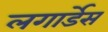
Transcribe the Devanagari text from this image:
लगार्डेस